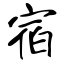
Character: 宿